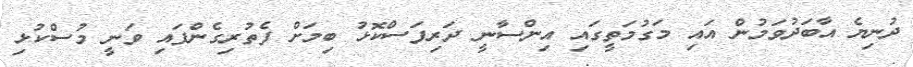
ދުނިޔެ އާބަދުވަމުން އައި މަގުމަތީގައި އިންސާނީ ދަރިފަސްކޮޅު ބިމަށް ފެތުރިގެންފައި ވަނީ މުސްކުޅި